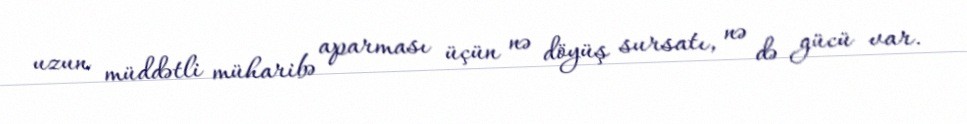
uzun müddətli müharibə aparması üçün nə döyüş sursatı, nə də gücü var.